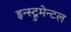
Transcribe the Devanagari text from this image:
इन्स्ट्रुमेन्टल